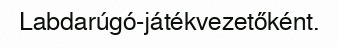
Labdarúgó-játékvezetőként.